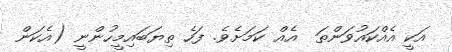
އަކީ އެއްކައުވަންތަ  އެއް ކަމަށެވެ. ފަހެ ތިޔަބައިމީހުންނީ (އެކަން